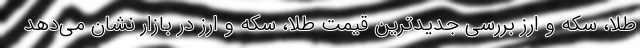
طلا، سکه و ارز بررسی جدیدترین قیمت طلا، سکه و ارز در بازار نشان می‌دهد